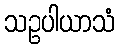
သဥပါယာသံ